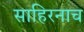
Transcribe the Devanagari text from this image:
साहिरनाच